Report of the Municipal Commissioner on the plague in Bombay for the year ending 31st May... - Volume 2
Disease focus: Plague
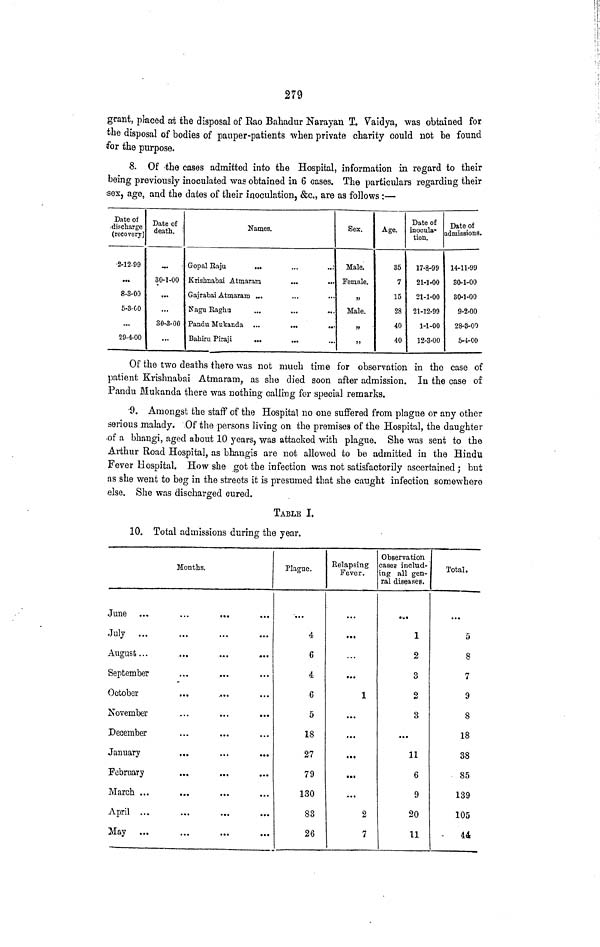
279
grant, placed at the disposal of Rao Bahadur Narayan T. Vaidya, was obtained for
the disposal of bodies of pauper-patients when private charity could not be found
for the purpose.
8. Of -the cases admitted into the Hospital, information in regard to their
being previously inoculated was obtained in 6 cases. The particulars regarding their
sex, age, and the dates of their inoculation, &c., are as follows :—
Date of
.discharge
(recovery)
•2-12-99
...
8-3-00
5-3-CO
...
29-4-00
Date of
death.
.
30-1-00
...
...
30-3-00
...
Names.
Gopal Eaju
...
...
..:
Krishnabai Atrnaram
...
...
Gajrabai Atmararo ...
Nagu Eaghu
...
...
...
Panda Mukanda ...
...
..
Bahiru Piraji
...
...
Sex.
Male.
Female.
»
Male.
»
»
Age.
35
7
15
28
40
40
Date of
inocula-
tion.
17-8-99
21-1-00
21-1-00
21-12-99
1-1-00
12-3-00
Date of
admissions.
14-11-99
30-1-00
30-1-00
9-2-00
28-3-00
5-4-00
Of the two deaths there was not much time for observation in the case of
patient Krishnabai Atmaram, as she died soon after admission. In the case of
Pandu Blukanda there was nothing calling for special remarks.
'9. Amongst the staff of the Hospital no one suffered from plague or any other
serious malady. Of the persons living on the premises of the Hospital, the daughter
•of a bhangi, aged about 10 years, was attacked with plague. She was sent to the
Arthur Road Hospital, as bhaugis are not allowed to be admitted in the Hindu
Fever Hospital. How she got the infection was not satisfactorily ascertained; but
as she went to beg in the streets it is presumed that she caught infection somewhere
else. She was discharged cured.
TABLE I.
10. Total admissions during the year.
Months.
June
July
August...
September
October
November
December
January
February
March ...
April ...
Hay ...
Plague.
4
6
4
6
5
18
27
79
130
83
26
Relapsing
Fever.
*••
...
• **
1
...
...
...
...
...
2
7
Observation
cases includ-
ing all gen-
ral diseases.
,.
1
2
3
2
3
...
11
6
9
20
11
Total.
5
8
7
9
8
18
38
85
139
105
-
44